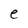
Character: e